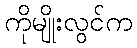
ကိုမျိုးလွင်က